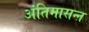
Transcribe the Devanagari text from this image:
अंतिमासन्ऩ